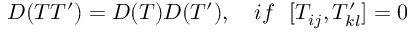
{ \cal D } ( T T ^ { \prime } ) = { \cal D } ( T ) { \cal D } ( T ^ { \prime } ) , \ \ \ i f \ \ [ T _ { i j } , T _ { k l } ^ { \prime } ] = 0